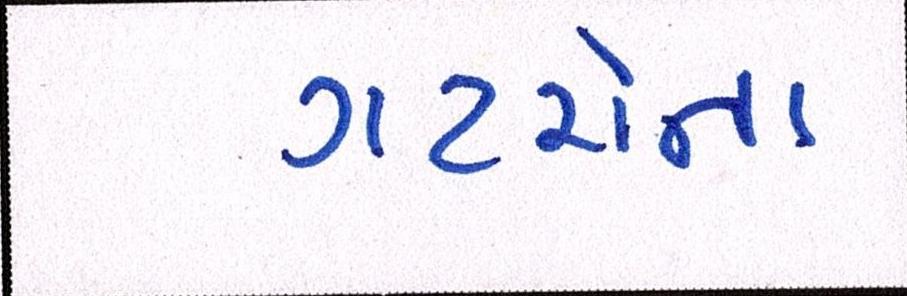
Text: ગટરોના